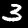
Label: 3